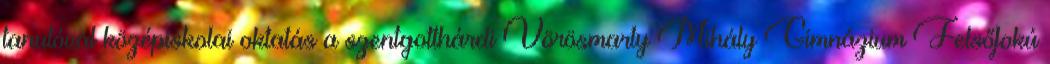
tanulóval középiskolai oktatás a szentgotthárdi Vörösmarty Mihály Gimnázium Felsőfokú